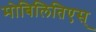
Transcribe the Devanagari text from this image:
मोबिलितिएस्